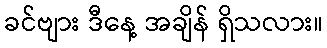
ခင်ဗျား ဒီနေ့ အချိန် ရှိသလား။